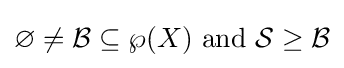
\varnothing \neq {\mathcal {B}}\subseteq \wp (X){\text{ and }}{\mathcal {S}}\geq {\mathcal {B}}